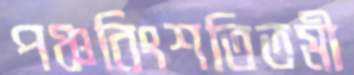
পঞ্চবিংশতিতমী